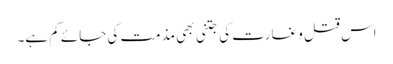
اس قتل و غارت کی جتنی بھی مذمت کی جائے کم ہے۔